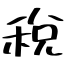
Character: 稅